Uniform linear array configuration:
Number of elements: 32
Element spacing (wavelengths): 0.25
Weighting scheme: kaiser
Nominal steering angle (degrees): -60
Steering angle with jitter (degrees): -59.491
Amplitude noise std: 0.05
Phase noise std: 0.05

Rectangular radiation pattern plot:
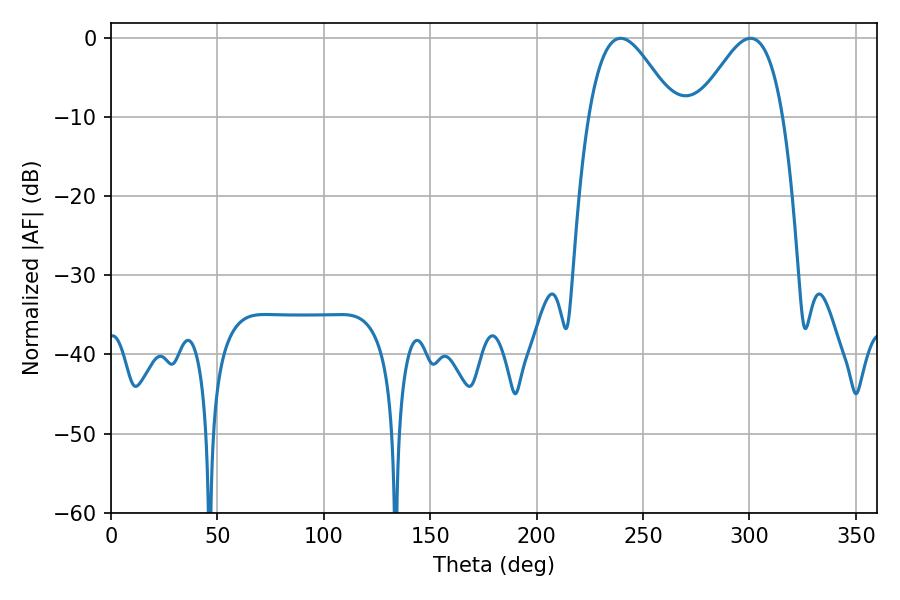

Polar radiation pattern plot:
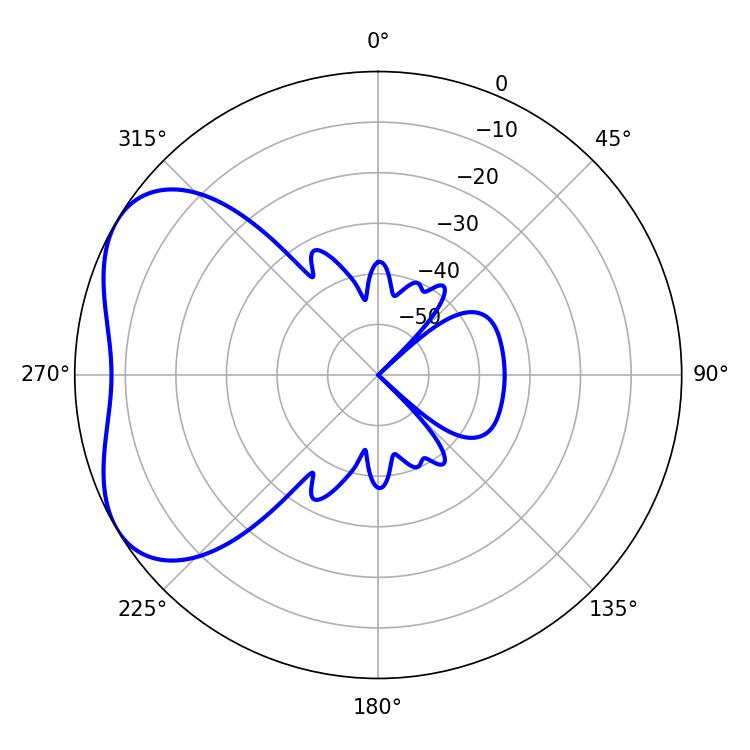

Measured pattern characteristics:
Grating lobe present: FALSE
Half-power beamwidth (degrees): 21.78
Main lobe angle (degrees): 239.4